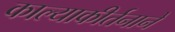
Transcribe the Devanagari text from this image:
काल्याकीर्तनाने